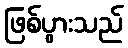
ဖြစ်ပွားသည်